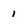
Character: I